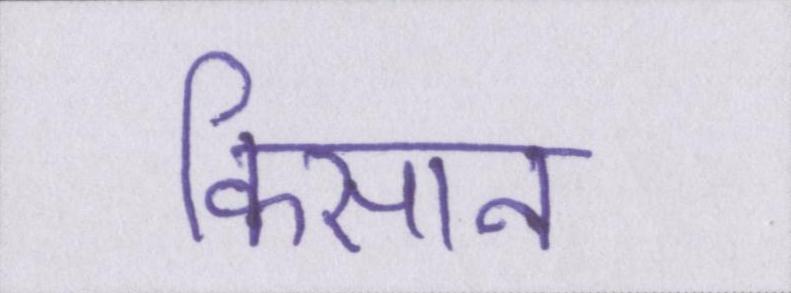
किसान